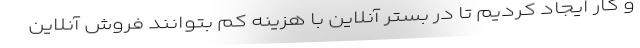
و کار ایجاد کردیم تا در بستر آنلاین با هزینه کم بتوانند فروش آنلاین